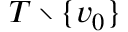
T \setminus \{ v _ { 0 } \}